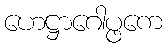
ဟေဋ္ဌာဂေါပ္ဖကေ